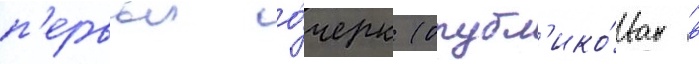
п'ервыи о́черк (опубл'ико́ван в